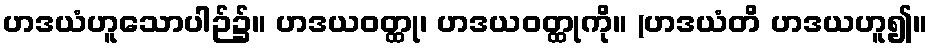
ဟဒယံဟူသောပါဉ်၌။ ဟဒယဝတ္ထု၊ ဟဒယဝတ္ထုကို။ (ဟဒယံတိ ဟဒယဟူ၍။